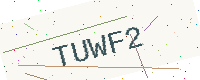
Text: TUWF2